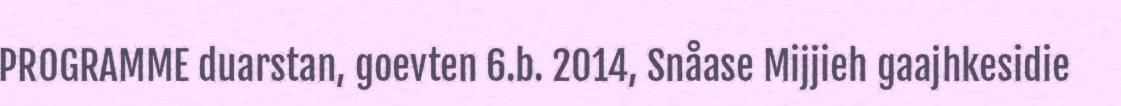
PROGRAMME duarstan, goevten 6.b. 2014, Snåase Mijjieh gaajhkesidie